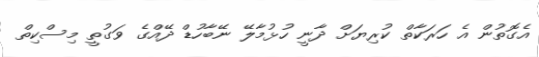
އެގޮތުން އެ ހަރަކާތް ކުރިޔަށް ދާނީ ހުޅުމާލޭ ނޭބާހުޑް ދޭއްގެ ވަގުތީ މިސްކިތް